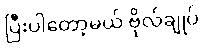
ပြီးပါတော့မယ် ဗိုလ်ချုပ်